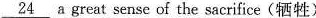
\underline{24} a great sense of the sacrifice(牺牲)